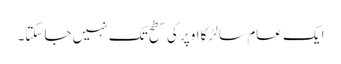
ایک عام سا لڑکا اوپر کی سطح تک نہیں جاسکتا۔